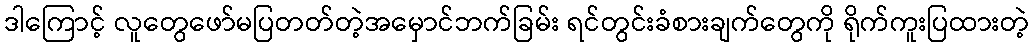
ဒါကြောင့် လူတွေဖော်မပြတတ်တဲ့အမှောင်ဘက်ခြမ်း ရင်တွင်းခံစားချက်တွေကို ရိုက်ကူးပြထားတဲ့